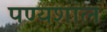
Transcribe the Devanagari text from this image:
पण्यशाल